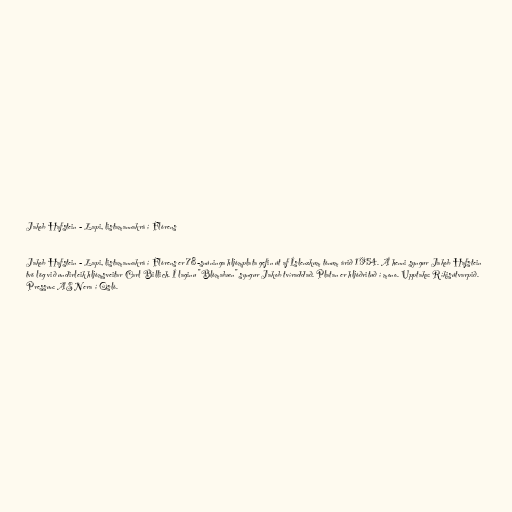
Jakob Hafstein - Lapi, listamannakrá í Flórens

Jakob Hafstein - Lapi, listamannakrá í Flórens er 78-snúninga hljómplata gefin út af Íslenzkum tónum árið 1954. Á henni syngur Jakob Hafstein
tvö lög við undirleik hljómsveitar Carl Billich. Í laginu "Blómabæn" syngur Jakob tvíraddað. Platan er hljóðrituð í mono. Upptaka: Ríkisútvarpið.
Pressun: AS Nera í Osló.